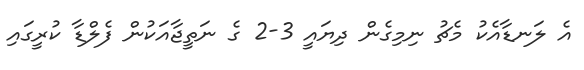
އެ ލަނޑާއެކު މެޗު ނިމިގެން ދިޔައީ 3-2 ގެ ނަތީޖާއަކުން ފެލްޑާ ކުރީގައި